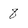
Character: 8